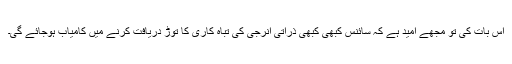
اس بات کی تو مجھے امید ہے کہ سائنس کبھی کبھی ذراتی انرجی کی تباہ کاری کا توڑ دریافت کرنے میں کامیاب ہوجائے گی۔